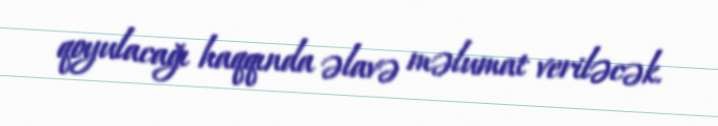
qoyulacağı haqqında əlavə məlumat veriləcək.